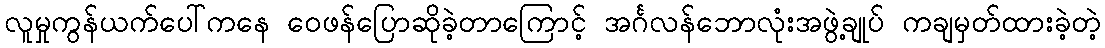
လူမှုကွန်ယက်ပေါ်ကနေ ဝေဖန်ပြောဆိုခဲ့တာကြောင့် အင်္ဂလန်ဘောလုံးအဖွဲ့ချုပ် ကချမှတ်ထားခဲ့တဲ့